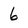
Character: 6